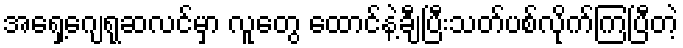
အရှေ့ဂျေရုဆလင်မှာ လူတွေ ထောင်နဲ့ချီပြီးသတ်ပစ်လိုက်ကြပြီတဲ့